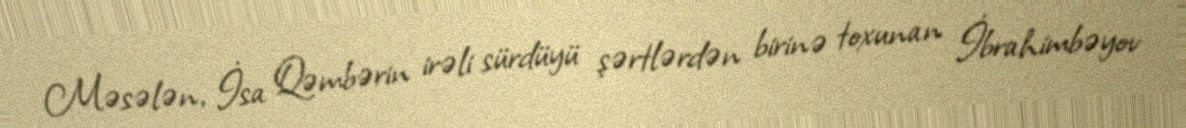
Məsələn, İsa Qəmbərin irəli sürdüyü şərtlərdən birinə toxunan İbrahimbəyov